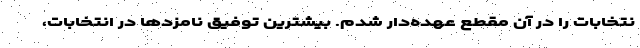
نتخابات را در آن مقطع عهده‌دار شدم. بیشترین توفیق نامزدها در انتخابات،